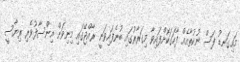
މައިގަނޑު ފަސް ނުކުތާއެއް ފާހަގަކޮށްފައިވާ މިގަރާރުގައި ބުނެފައިވަނީ ރާއްޖޭގައި މިނިވަން އިންސާފުވެރި ރިޔާސީ